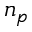
n _ { p }